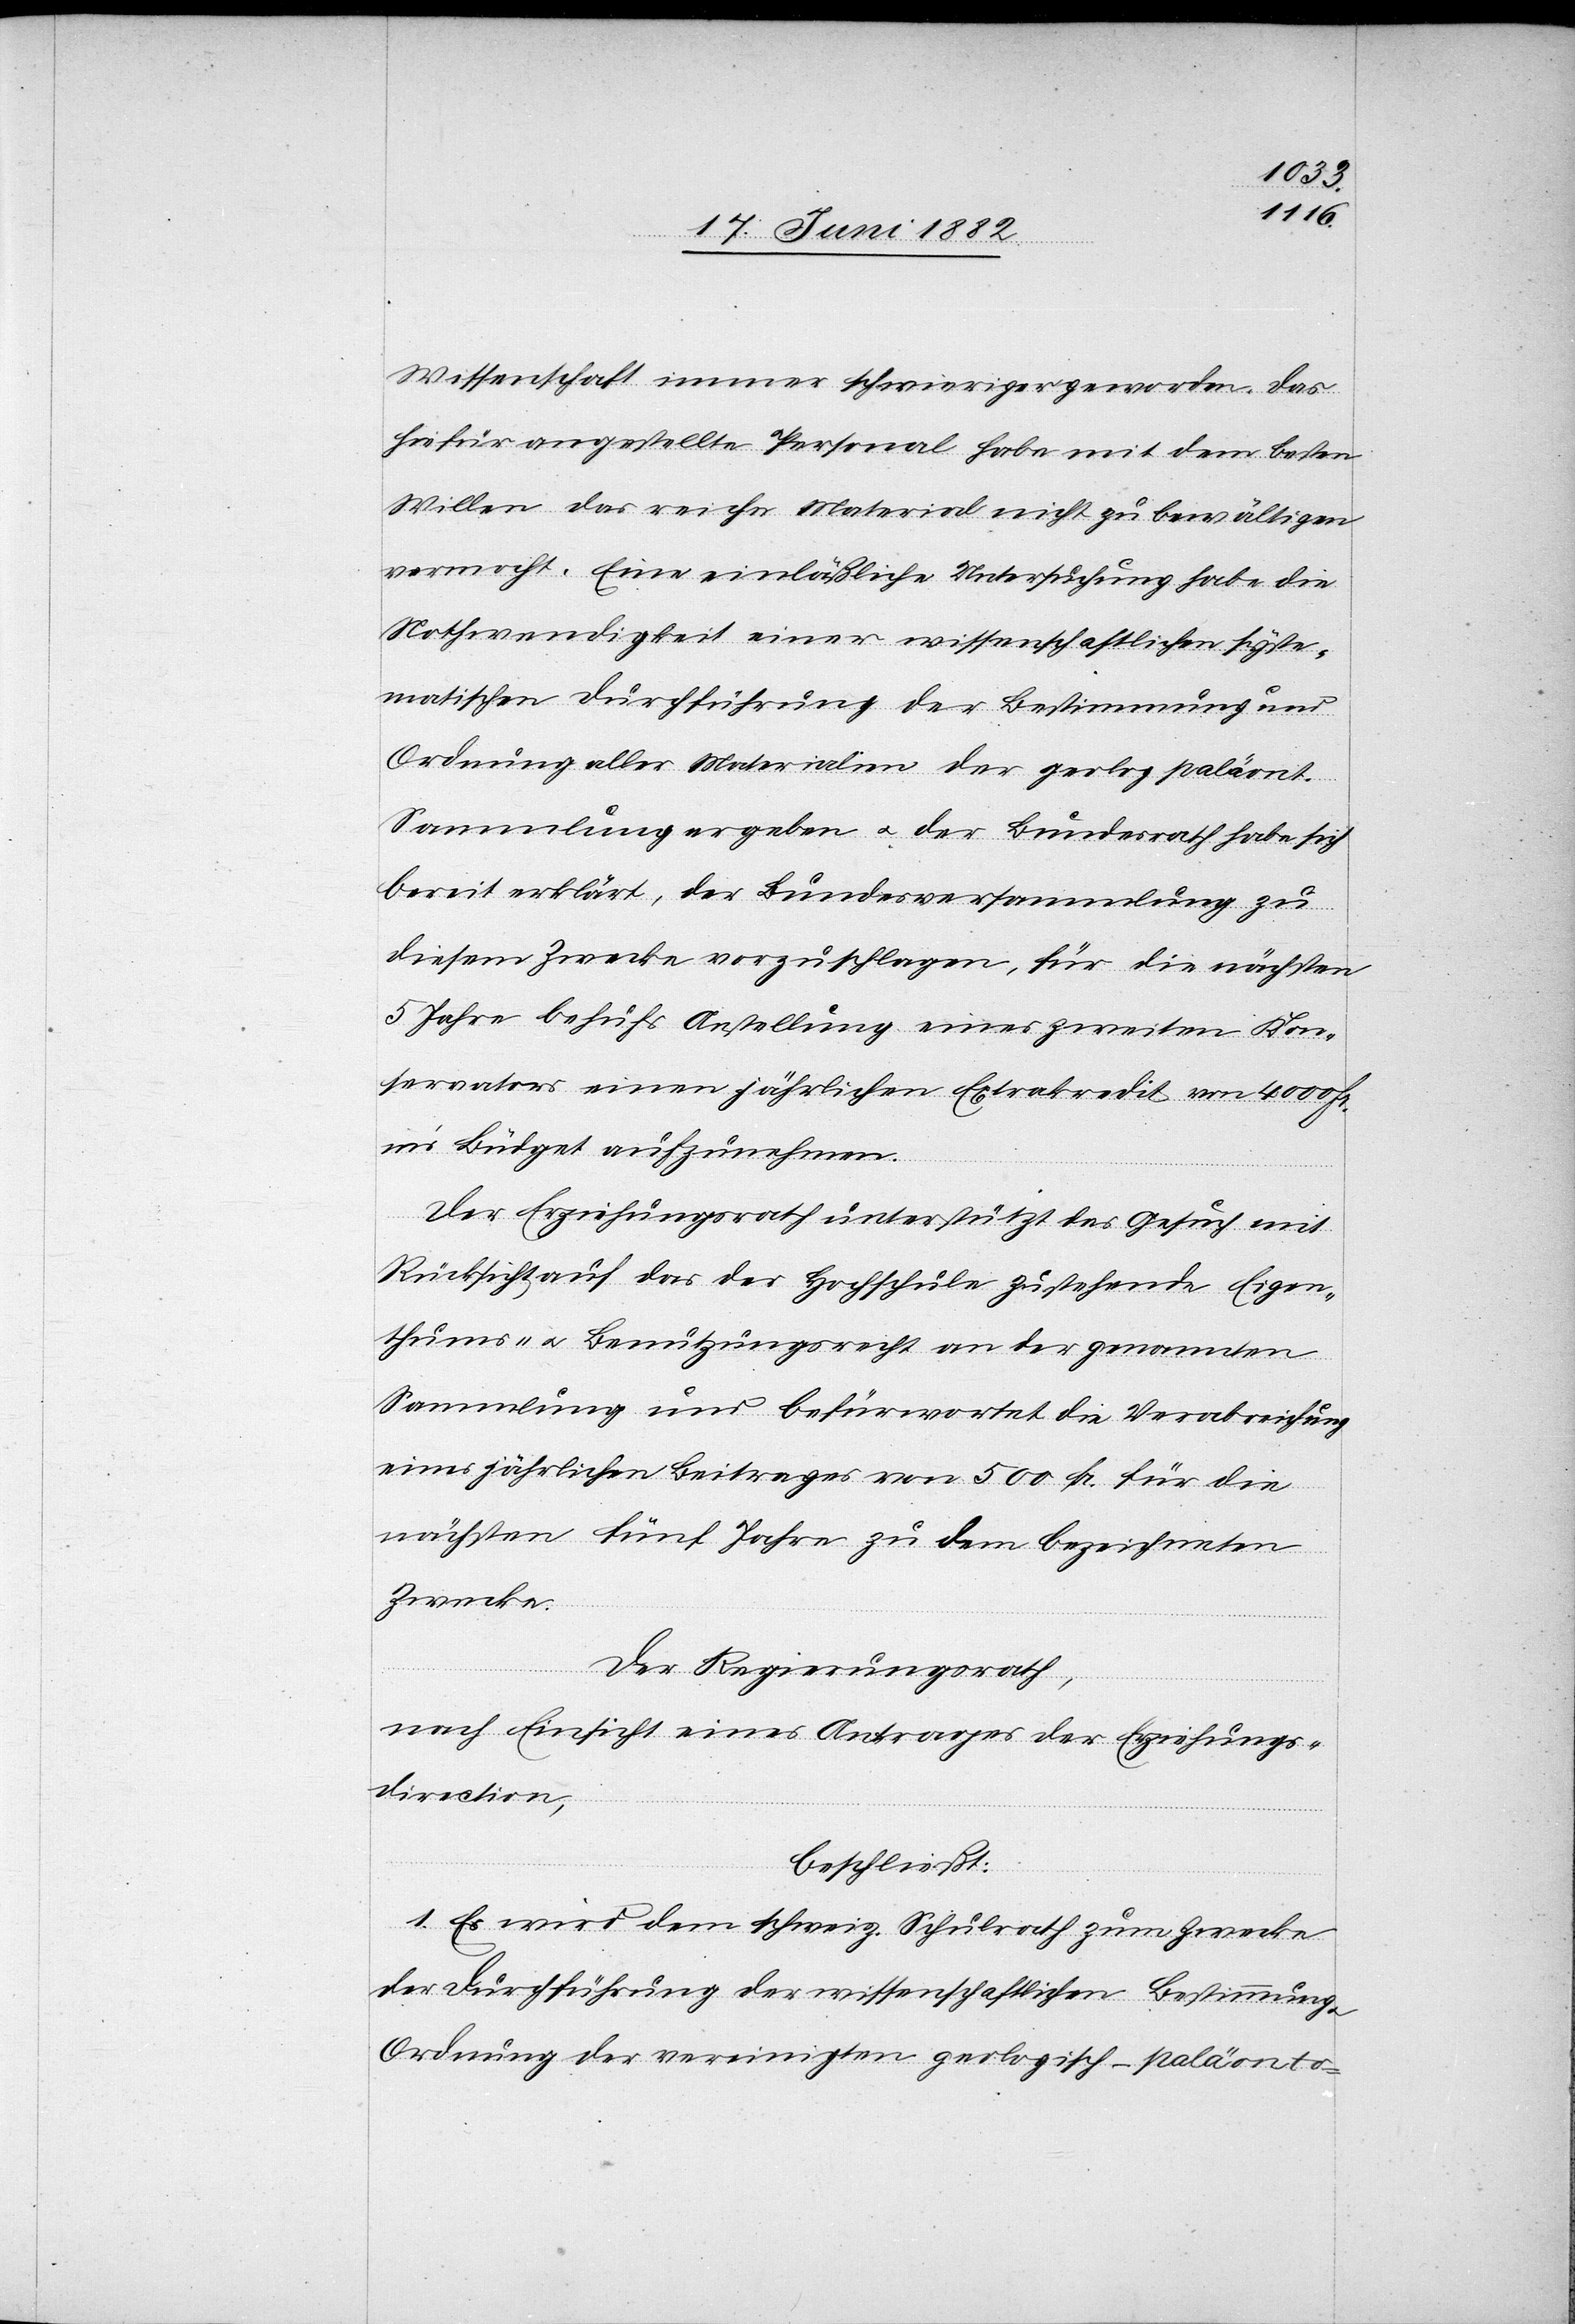
Wissenschaft immer schwieriger geworden. Das
hiefür angestellte Personal habe mit dem besten
Willen das reiche Material nicht zu bewältigen
vermocht. Eine einläßliche Untersuchung habe die
Nothwendigkeit einer wissenschaftlichen syste¬
matischen Durchführung der Bestimmung und
Ordnung aller Materialien der geolog.[-]paläont.
Sammlung ergeben u. der Bundesrath habe sich
bereit erklärt, der Bundesversammlung zu
diesem Zwecke vorzuschlagen, für die nächsten
5 Jahre behufs Anstellung eines zweiten Kon¬
servators einen jährlichen Extrakredit von 4000 Fr.
in’s Büdget aufzunehmen.
Der Erziehungsrath unterstützt das Gesuch mit
Rücksicht auf das der Hochschule zustehende Eigen¬
thums- u. Benutzungsrecht an der genannten
Sammlung und befürwortet die Verabreichung
eines jährlichen Beitrages von 500 Fr. für die
nächsten fünf Jahre zu dem bezeichneten
Zwecke.
Der Regierungsrath,
nach Einsicht eines Antrages der Erziehungs¬
direction,
beschließt:
1. Es wird dem schweiz. Schulrath zum Zwecke
der Durchführung der wissenschaftlichen Bestimmung
Ordnung der vereinigten geologisch-paläonto-